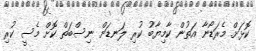
ކޮޅަށް މެރަޑޯނާ އަތުން ކާމިޔާބު ކުރި ލަނޑަށް ނިސްބަތް ކޮށް މެސީ ކުރި